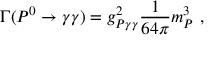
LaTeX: \Gamma ( P ^ { 0 } \rightarrow \gamma \gamma ) = g _ { P \gamma \gamma } ^ { 2 } \frac { 1 } { 6 4 \pi } m _ { P } ^ { 3 } \ ,